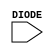
module sky130_fd_sc_hdll__diode (
    DIODE
);

    input DIODE;

    // Voltage supply signals
    supply1 VPWR;
    supply0 VGND;
    supply1 VPB ;
    supply0 VNB ;

endmodule